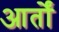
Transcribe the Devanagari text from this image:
आर्तों